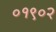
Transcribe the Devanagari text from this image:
०१९०२